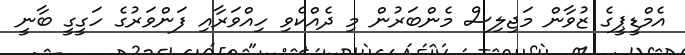
އެމްޑީޕީގެ ޒުވާން މަޖިލިސް މެންބަރުން މި ދެއްކެވި ހިއްވަރާއި ފަންވަރުގެ ހަގީގީ ބާނީ